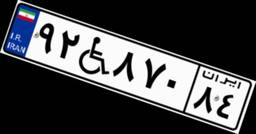
۶۷W۵۰۷۰۶